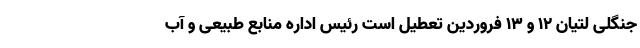
جنگلی لتیان ۱۲ و ۱۳ فروردین تعطیل است رئیس اداره منابع طبیعی و آب